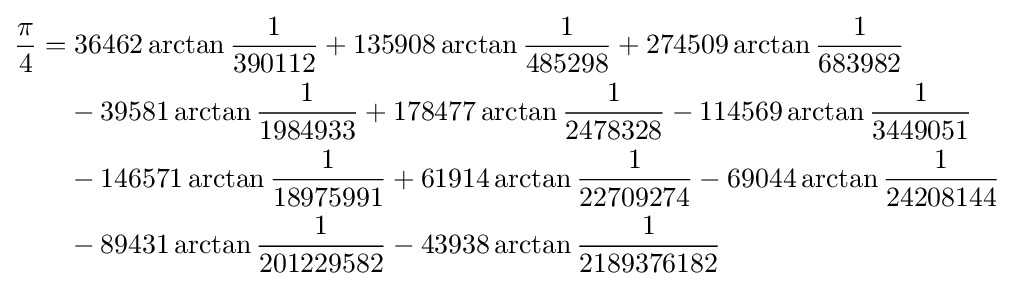
{\begin{aligned}{\frac {\pi }{4}}=&\;36462\arctan {\frac {1}{390112}}+135908\arctan {\frac {1}{485298}}+274509\arctan {\frac {1}{683982}}\\&-39581\arctan {\frac {1}{1984933}}+178477\arctan {\frac {1}{2478328}}-114569\arctan {\frac {1}{3449051}}\\&-146571\arctan {\frac {1}{18975991}}+61914\arctan {\frac {1}{22709274}}-69044\arctan {\frac {1}{24208144}}\\&-89431\arctan {\frac {1}{201229582}}-43938\arctan {\frac {1}{2189376182}}\\\end{aligned}}